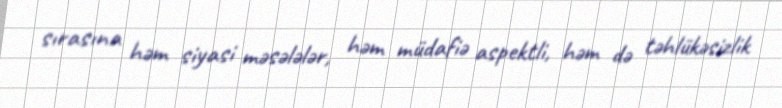
sırasına həm siyasi məsələlər, həm müdafiə aspektli, həm də təhlükəsizlik